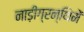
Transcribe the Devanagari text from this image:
नाड़ीग्रन्थिमें